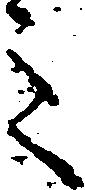
ミ